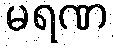
မရဏ